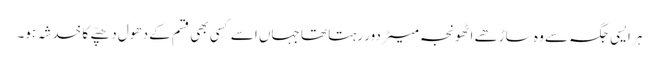
ہر ایسی جگہ سے وہ ساڑھے اٹھونجہ میٹر دور رہتا تھا جہاں اسے کسی بھی قسم کے دھول دھپّے کا خدشہ ہو۔